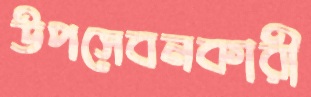
উপসেবনকারী